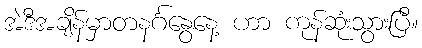
အဲဒီအချိန်မှာတနင်္ဂနွေနေ့ ဟာ ကုန်ဆုံးသွားပြီ။